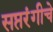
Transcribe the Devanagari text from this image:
सप्तरंगीचे